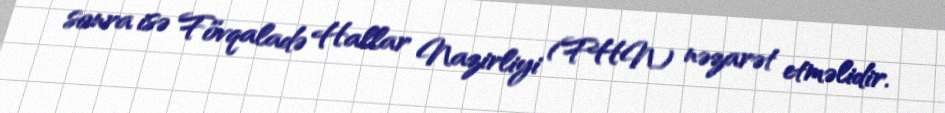
sonra isə Fövqaladə Hallar Nazirliyi (FHN) nəzarət etməlidir.